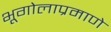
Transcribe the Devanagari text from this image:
भूगोलाप्रमाणे